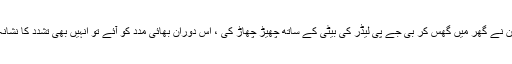
ملزمان نے گھر میں گھس کر بی جے پی لیڈر کی بیٹی کے ساتھ چھیڑ چھاڑ کی ، اس دوران بھائی مدد کو آئے تو انہیں بھی تشدد کا نشانہ بنایا۔